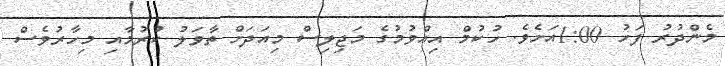
މެންދުރު ފަހު 1:00އަށެެވެ. ހުކުމް އިއްވުމުގެ މަޖިލިސް މިއަދަށް ތާވަލު ކުރުމާއި މިހާރުވެސް